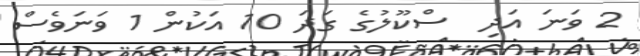
2 ވަނަ އަދި  ސްކޫލުގެ ގަދަ 10 އަކުން 1 ވަނަވެސް